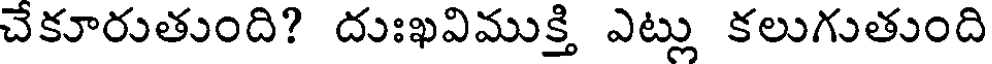
చేకూరుతుంది? దుఃఖవిముక్తి ఎట్లు కలుగుతుంది